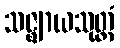
သဇ္ဈာယသုတ္တံ